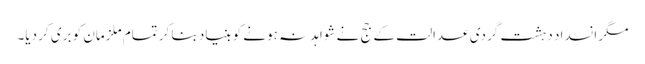
مگر انسداد دہشت گردی عدالت کے جج نے شواہد نہ ہونے کو بنیاد بنا کر تمام ملزمان کو بری کر دیا۔